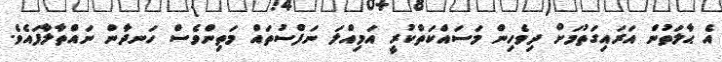
އެ ޙާލަތުން އަރައިގަތުމަށް ދިވެހިން މަސައްކަތްކުރީ އަމިއްލަ ނަފްސުތައް މަތިންވެސް ހަނދާން ނައްތާލާފައެވެ.